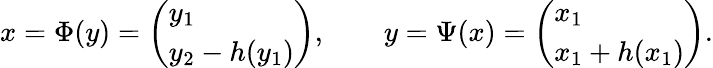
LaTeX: \begin{array}{r}{x=\Phi(y)=\left(\begin{array}{l}{y_{1}}\\ {y_{2}-h(y_{1})}\end{array}\right),\qquad y=\Psi(x)=\left(\begin{array}{l}{x_{1}}\\ {x_{1}+h(x_{1})}\end{array}\right).}\end{array}